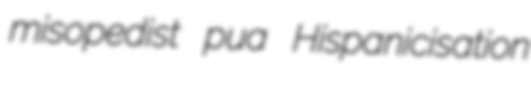
misopedist pua Hispanicisation